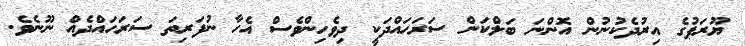
ޔޫރަޕުގެ އިރުދެކުނުން އޮންނަ ބަލްކަން ސަރަހައްދަކީ ދިވެހިންވެސް އެހާ ނުފަރިތަ ސަރަހައްދެއް ނޫނެވެ.